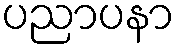
ပညာပနာ